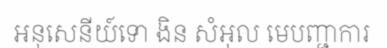
អនុសេនីយ៍ទោ ងិន សំអុល មេបញ្ជាការ